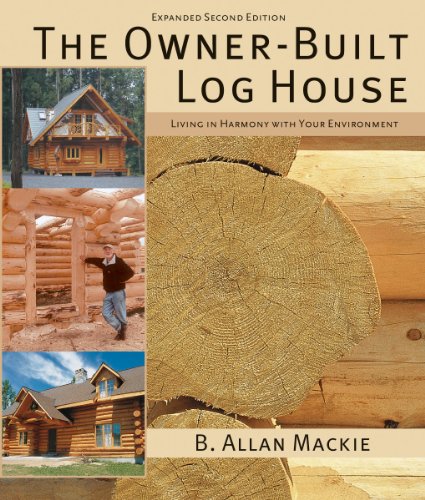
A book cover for The Owner-Built Log House: Living in Harmony With Your Environment; B. Mackie; Crafts, Hobbies & Home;